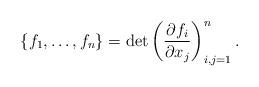
LaTeX: \begin{align*}\{f_1, \dots, f_n\}=\det\left(\frac{\partial f_i}{\partial x_j}\right)^n_{i,j=1}.\end{align*}